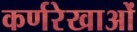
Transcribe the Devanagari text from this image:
कर्णरेखाओं